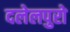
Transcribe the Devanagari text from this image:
दलेलपुरो